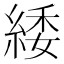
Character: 緌